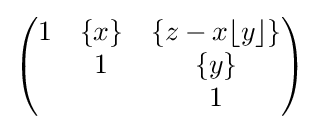
{\begin{pmatrix}1&\{x\}&\{z-x\lfloor y\rfloor \}\\&1&\{y\}\\&&1\end{pmatrix}}